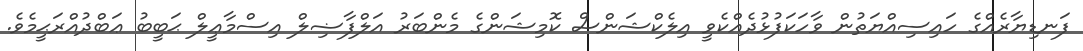
ފަނޑިޔާރެއްގެ ހައިސިއްޔަތުން ވާހަކަފުޅުދެއްކެވީ އިލެކްޝަންސް ކޮމިޝަންގެ މެންބަރު އަލްފާޟިލް އިސްމާޢީލް ޙަބީބު ޢަބްދުއްރަޙީމެވެ.